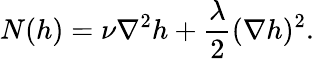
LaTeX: N(h)=\nu\nabla^{2}h+\frac{\lambda}{2}(\nabla h)^{2}.